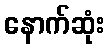
နောက်ဆုံး